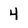
Character: 4